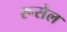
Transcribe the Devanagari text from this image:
रूसेल